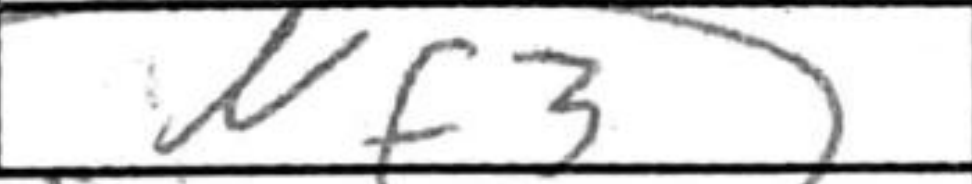
Transcription: Nf3